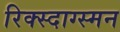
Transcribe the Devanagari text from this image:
रिक्स्दाग्स्मन